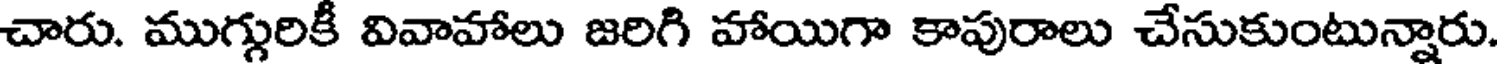
చారు. ముగ్గురికీ వివాహాలు జరిగి హాయిగా కాపురాలు చేసుకుంటున్నారు